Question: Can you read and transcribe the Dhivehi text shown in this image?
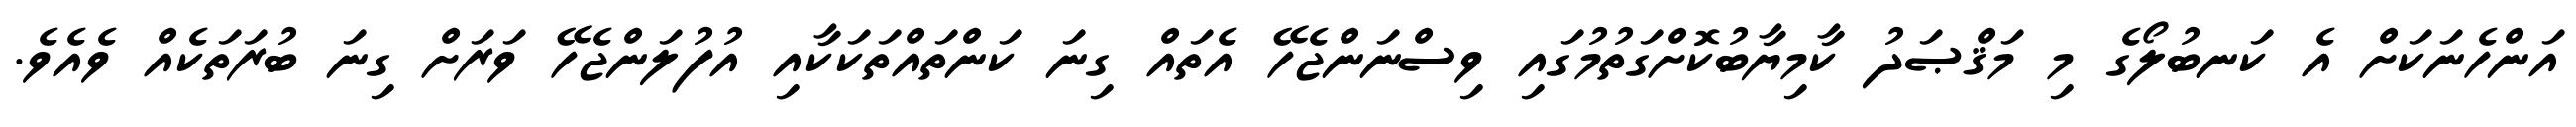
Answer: އަންހެނަކަށް އެ ކަނބުލޯގެ މި މަޤްޞަދު ކާމިޔާބުކޮށްގަތުމުގައި ވިސްނަންޖެހޭ އެތައް ގިނަ ކަންތައްތަކަކާއި އުފުލަންޖެހޭ ވަރަށް ގިނަ ބުރަތަކެއް ވެއެވެ.